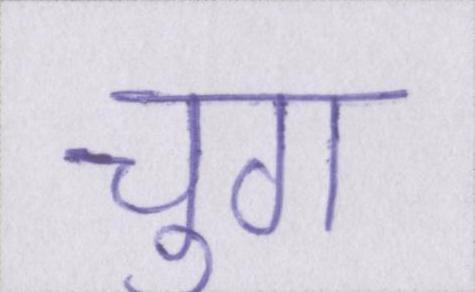
चुग